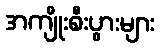
အကျိုးစီးပွားများ